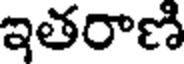
ఇతరాణి